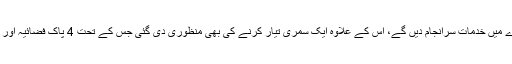
پاک فضائیہ کے یہ افسران تین سال تک وردی پہن کر پی آئی اے میں خدمات سرانجام دیں گے، اس کے علاوہ ایک سمری تیار کرنے کی بھی منظوری دی گئی جس کے تحت 4 پاک فضائیہ اور 4 پاک فوج کے افسران پی آئی اے میں تعینات کیے جائیں گے۔